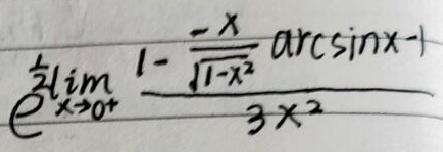
$\lim _ { x \rightarrow 0 ^ { + } } \frac { 1 - \frac { x } { \sqrt { 1 - x ^ { 2 } } } \arcsin x - 1 } { 3 x ^ { 2 } }$